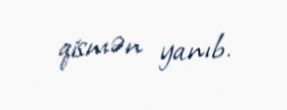
qismən yanıb.